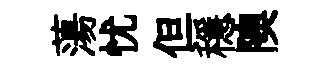
蕩忧但穩隩